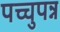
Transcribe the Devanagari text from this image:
पच्चुपन्न